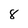
Character: 8